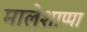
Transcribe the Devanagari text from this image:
मालेशाप्पा